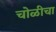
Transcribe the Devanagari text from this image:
चोळीचा